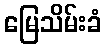
မြေသိမ်းခံ